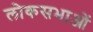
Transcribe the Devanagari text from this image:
लोकसभाओं